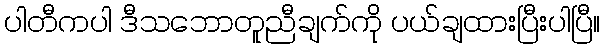
ပါတီကပါ ဒီသဘောတူညီချက်ကို ပယ်ချထားပြီးပါပြီ။